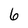
Character: 6